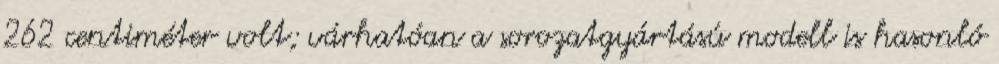
262 centiméter volt; várhatóan a sorozatgyártású modell is hasonló